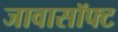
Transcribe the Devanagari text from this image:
जावासॉफ्ट